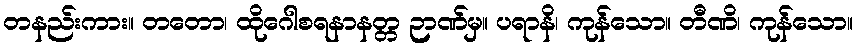
တနည်းကား။ တတော၊ ထိုဂေါစရနာနတ္တ ဉာဏ်မှ။ ပရာနိ၊ ကုန်သော။ တီဏိ၊ ကုန်သော။